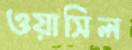
ওয়াসিল